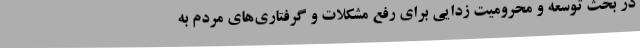
در بحث توسعه و محرومیت زدایی برای رفع مشکلات و گرفتاری‌های مردم به